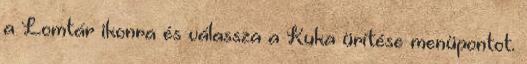
a Lomtár ikonra és válassza a Kuka ürítése menüpontot.